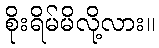
စိုးရိမ်မိလို့လား။